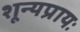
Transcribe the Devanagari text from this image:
शून्यप्रायः